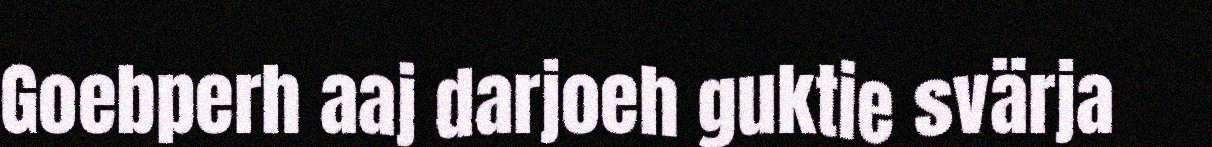
Goebperh aaj darjoeh guktie svärja